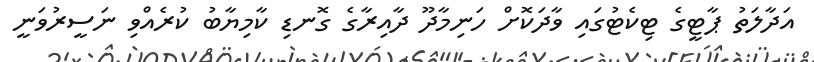
އަދާލަތު ޕާޓީގެ ޓިކެޓުގައި ވާދަކޮށް ހަނިމާދޫ ދާއިރާގެ ގޮނޑި ކާމިޔާބު ކުރެއްވި ނަސީރުވަނީ